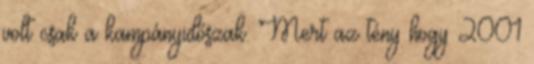
volt csak a kampányidőszak. Mert az tény hogy 2001